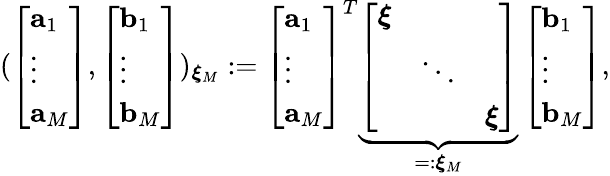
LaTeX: (\left[\begin{array}{l}{\mathbf{a}_{1}}\\ {\vdots}\\ {\mathbf{a}_{M}}\end{array}\right],\left[\begin{array}{l}{\mathbf{b}_{1}}\\ {\vdots}\\ {\mathbf{b}_{M}}\end{array}\right])_{\boldsymbol{\xi}_{M}}:=\left[\begin{array}{l}{\mathbf{a}_{1}}\\ {\vdots}\\ {\mathbf{a}_{M}}\end{array}\right]^{T}\underbrace{\left[\begin{array}{lll}{\boldsymbol{\xi}}&&\\ &{\ddots}&\\ &&{\boldsymbol{\xi}}\end{array}\right]}_{=:\boldsymbol{\xi}_{M}}\left[\begin{array}{l}{\mathbf{b}_{1}}\\ {\vdots}\\ {\mathbf{b}_{M}}\end{array}\right],